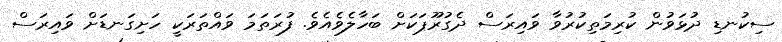
ސިކުނޑި ދުޅަވުން ކުރިމަތިކުރުވާ ވައިރަސް ދެގުރޫޕަކަށް ބަހާލެވެއެވެ. ފުރަތަމަ ވައްތަރަކީ ހަށިގަނޑަށް ވައިރަސް